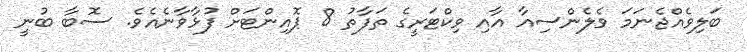
ބަލިވެއްޖެނަމަ ވެލެންސިއާ އާއި ވިކްޓަރީގެ ތަފާތު 8 ޕޮއިންޓަށް ފުޅާވާނެއެވެ. ސޮބާ ބުނީ